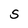
Character: S